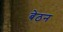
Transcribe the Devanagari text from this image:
बेठन